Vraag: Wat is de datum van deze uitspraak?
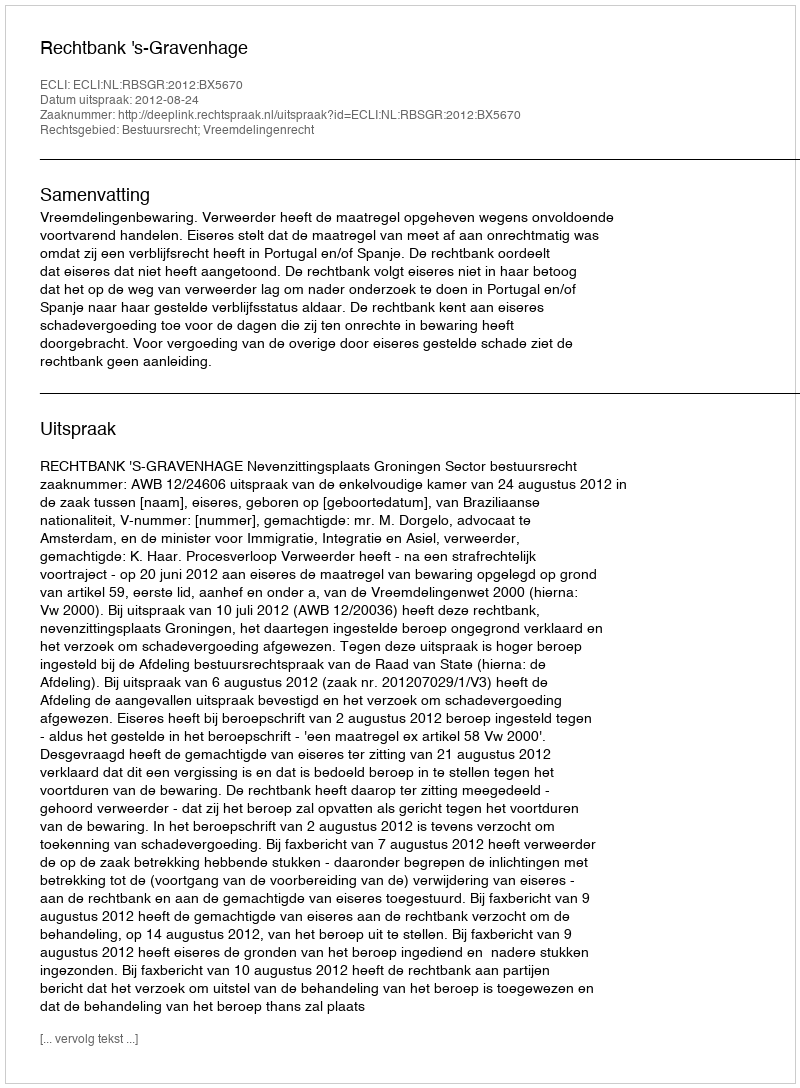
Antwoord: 2012-08-24